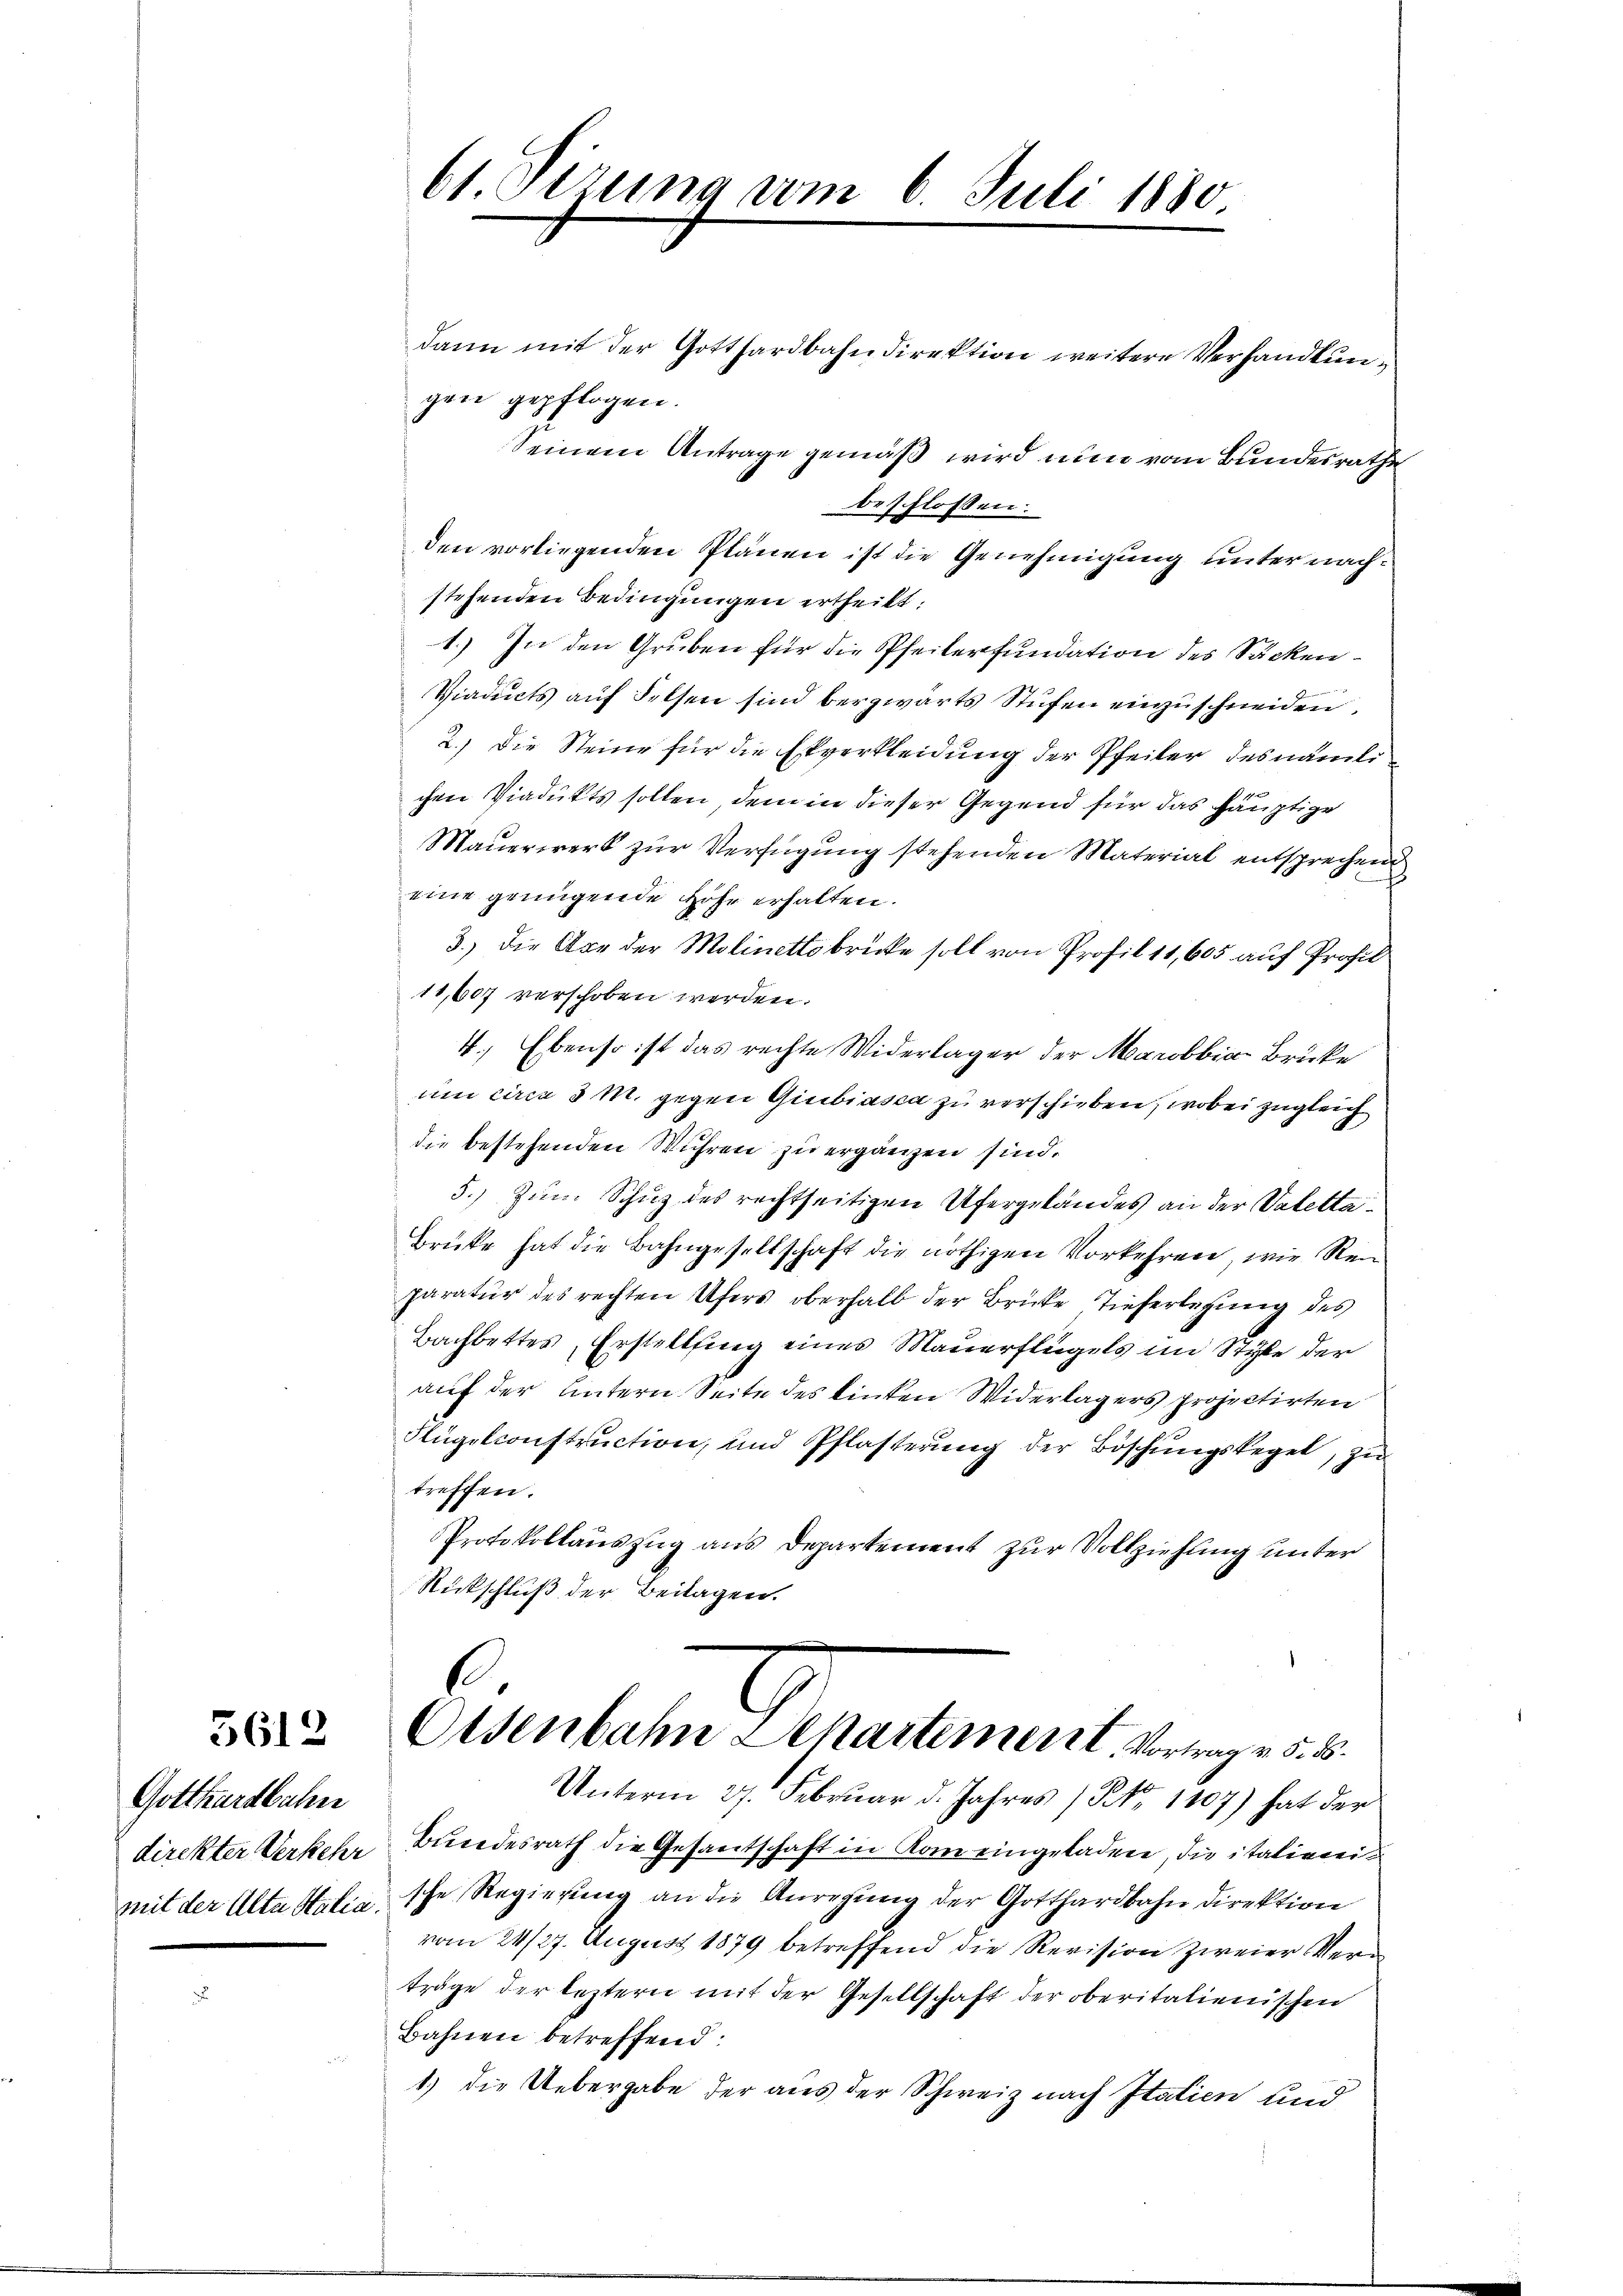
5612

Gotthardbahn
mit der Alte Stalia.

dann mit der Gotthardbahndirektion weitere Verhandlungen gepflogen.
Seinem Antrage gemäß wird nun vom Bundesrathe
beschlossen:
den vorliegenden Plänen ist die Genehmigung unter nachstehenden Bedingungen ertheilt:
1.) In den Gruben für die Pfeilerfundation des Säcken¬
Viaduts auf Felsen sind berzwärts Stufen einzuschneiden,
2.) Die Steine für die Ekverkleidung der Pfeiler des nämlichen Viadukts sollen dem in dieser Gegend für das häuptige
Maŭerwerk zŭr Verfügŭng stehenden Material entsprechend
eine genügende Höhe erhalten.
3.) Die Aber der Molinettobrücke soll von Profil 11,605 auf Profil
18,607 verschoben werden.
4.) Ebenso ist das rechte Widerlager der Marobbia-Brücke
um circa 8 M. gegen Giubiasca zu verschieben, wobei zugleich
die bestehenden Wuhren zu ergänzen sind.
5.) Zum Schuz des rechtseitigen Ufergelandes an der Valetta¬
Brüke hat die Bahngesellschaft die nöthigen Vorkehren, wie Rei
paratur des rechten Ufers oberhalb der Brücke Tieferlegung des
Bachbettes, Erstellung eines Mauerflügels im Style der
auf der Untern Seite des linken Widerlagers projectirten
Flügelconstruction, und Pflasterung der Böschungskegel, zu
treffen.
Protokollauszug aus Departement zur Vollziehung unter
Rückschluß der Beitagen.
Osenbahn Separtement. Vortrag v. 5. d.
Unterm 27. Februar d. Jahres / No. 1107) hat der
direkter Verkes Bundesrath die Gesantschaft in Kam eingeladen, die italienei
sche Regierung an die Anregung der Gotthardbahn direktion
vom 24/27. August 1879 betreffend die Revision zweier Verträge der leztern mit der Gesellschaft der oberitalienischen
Bahnen betreffend:
1) die Uebergabe der aus der Schweiz nach Italien und

61. Pirung vom 6. Juli 1880